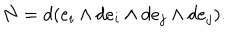
LaTeX: N = d ( e _ { i } \wedge d e _ { i } \wedge d e _ { j } \wedge d e _ { j } ) .